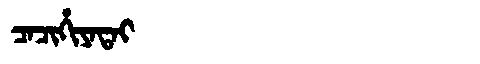
Manchu: ᠴᠠᠴᡳᡥᡳᠶᠠᡨᠠᡳ
Romanization: CACIHIYATAI